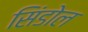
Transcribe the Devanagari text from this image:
सिंडोल